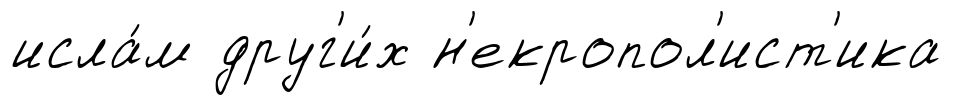
исла́м друг'и́х н'екропол'ист'ика